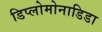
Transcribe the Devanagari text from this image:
डिप्लोमोनाडिडा